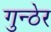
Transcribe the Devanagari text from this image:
गुन्ठेर